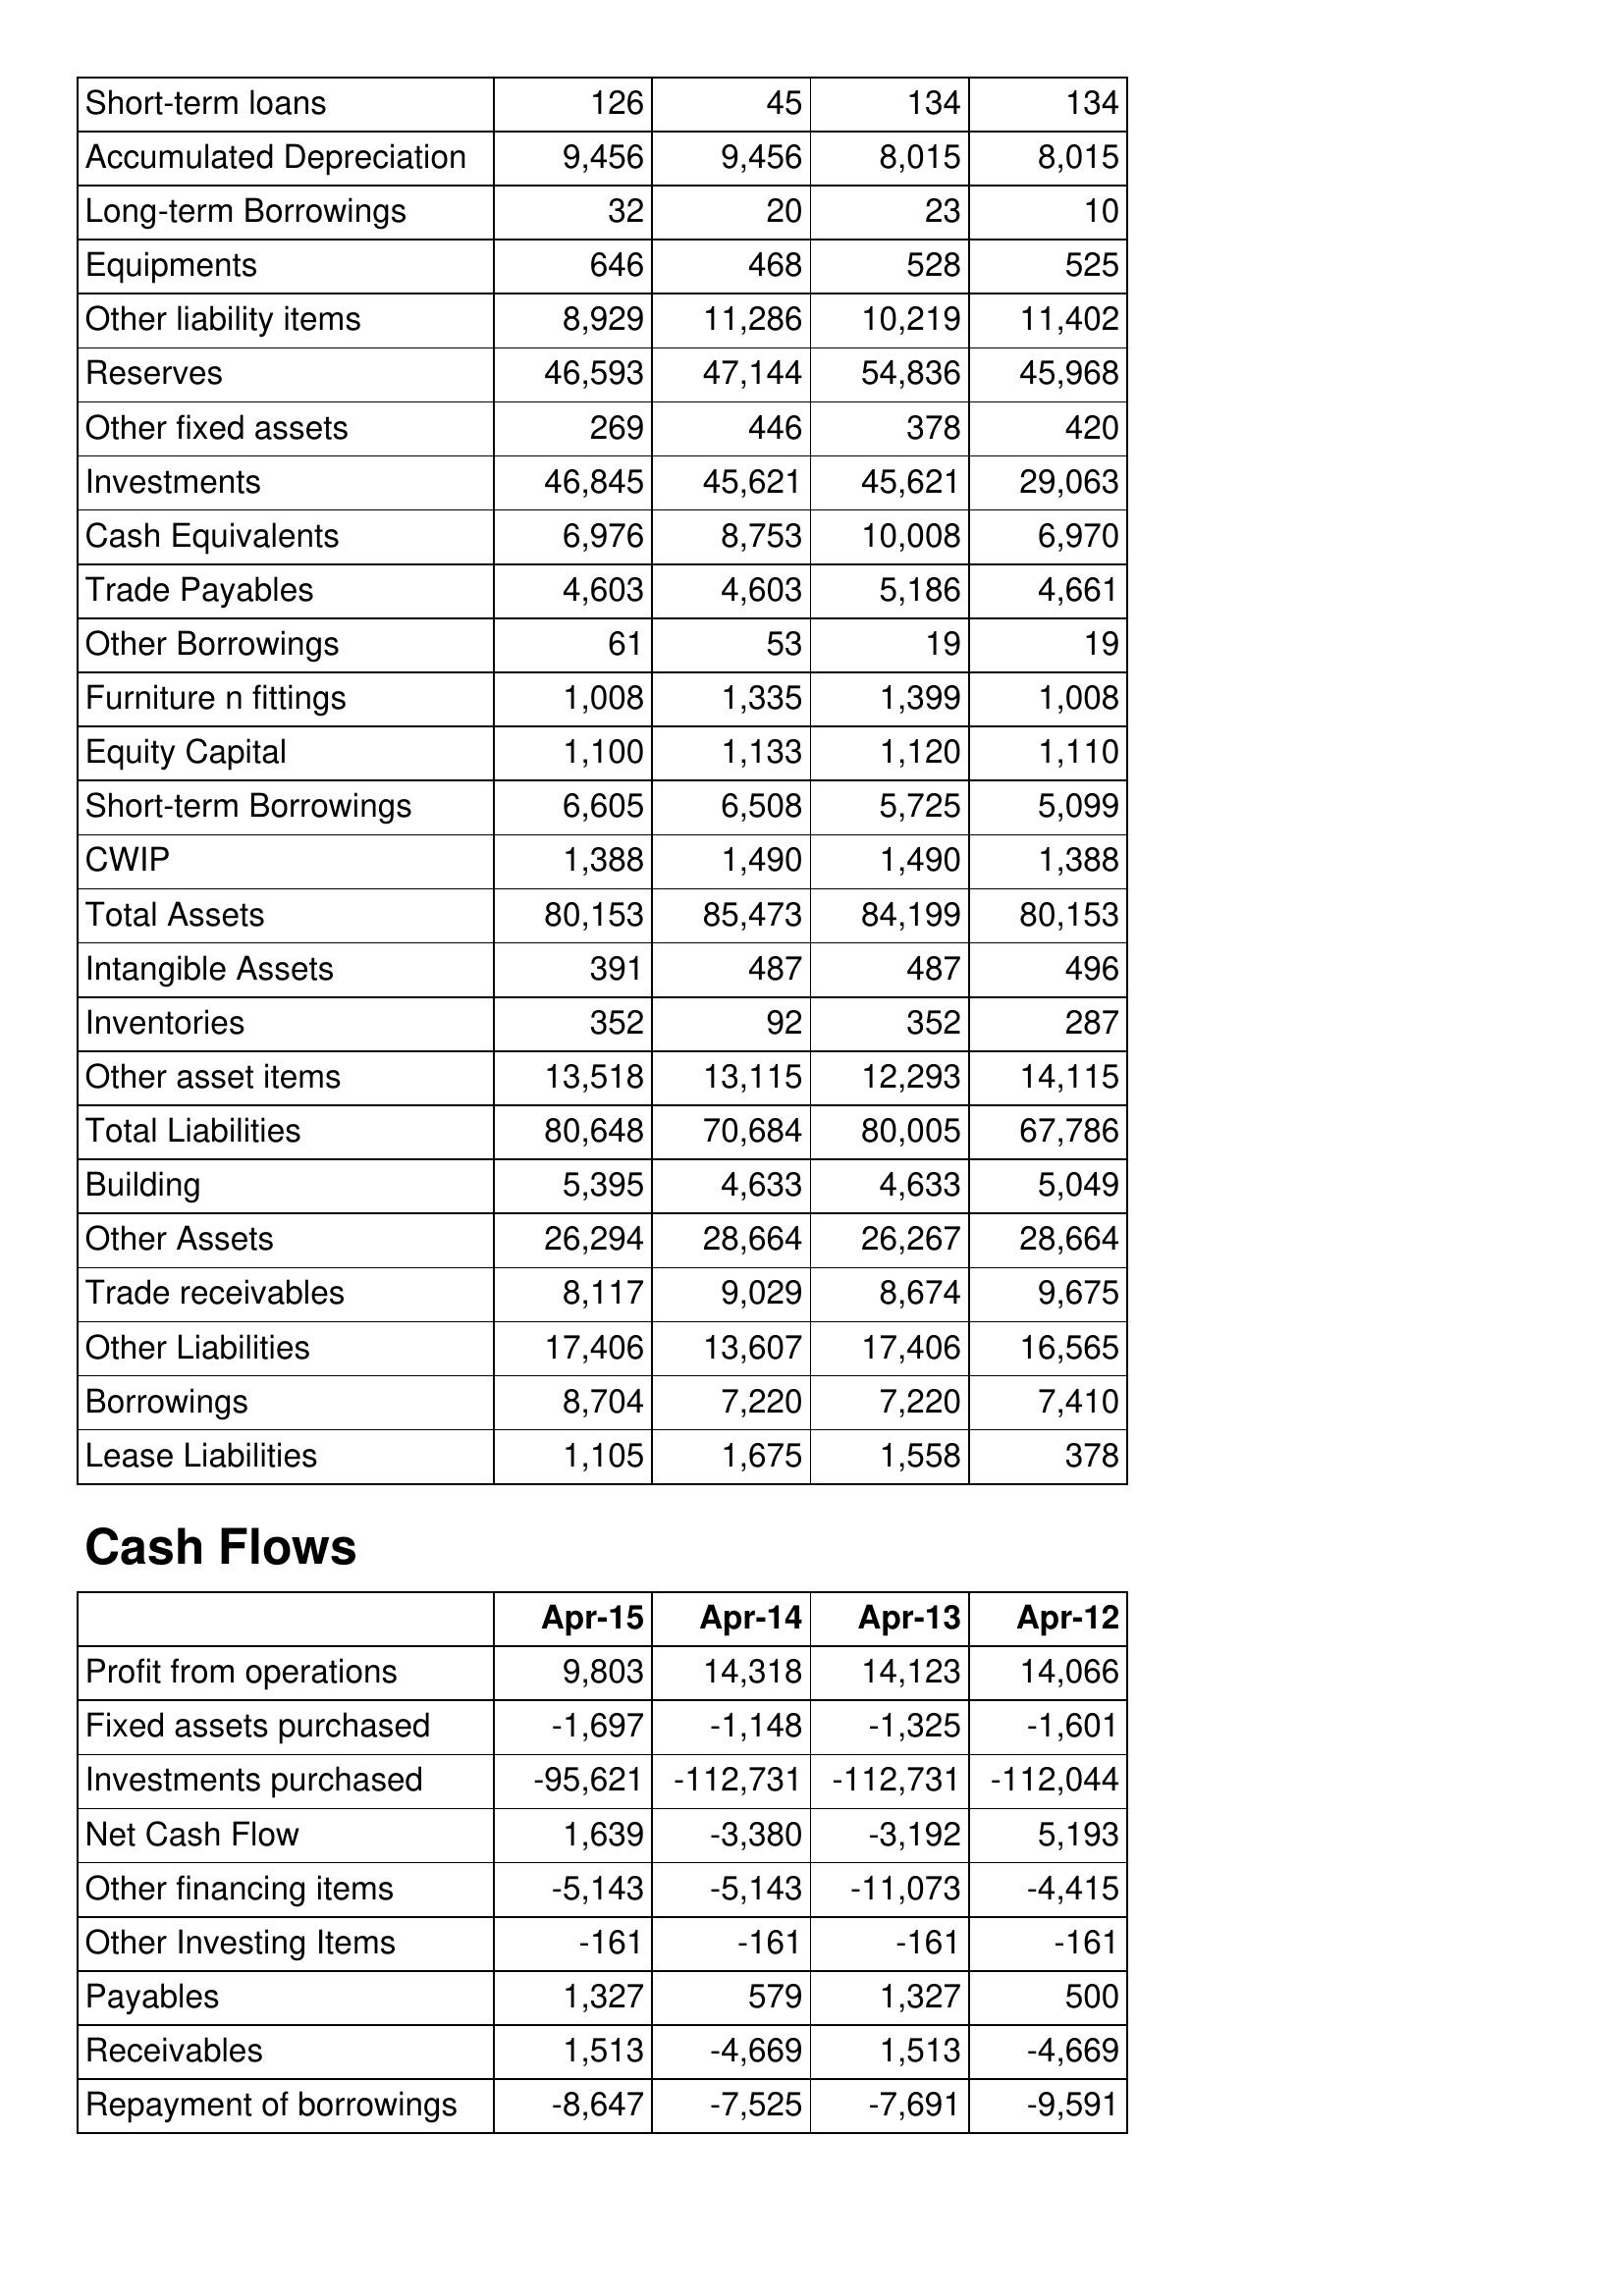
Apr-15: Balance Sheet: Short-term loans: 126
Accumulated Depreciation: 9,456
Long-term Borrowings: 32
Equipments: 646
Other liability items: 8,929
Reserves: 46,593
Other fixed assets: 269
Investments: 46,845
Cash Equivalents: 6,976
Trade Payables: 4,603
Other Borrowings: 61
Furniture n fittings: 1,008
Equity Capital: 1,100
Short-term Borrowings: 6,605
CWIP: 1,388
Total Assets: 80,153
Intangible Assets: 391
Inventories: 352
Other asset items: 13,518
Total Liabilities: 80,648
Building: 5,395
Other Assets: 26,294
Trade receivables: 8,117
Other Liabilities: 17,406
Borrowings: 8,704
Lease Liabilities: 1,105
Cash Flows: Profit from operations: 9,803
Fixed assets purchased: -1,697
Investments purchased: -95,621
Net Cash Flow: 1,639
Other financing items: -5,143
Other Investing Items: -161
Payables: 1,327
Receivables: 1,513
Repayment of borrowings: -8,647
Apr-14: Balance Sheet: Short-term loans: 45
Accumulated Depreciation: 9,456
Long-term Borrowings: 20
Equipments: 468
Other liability items: 11,286
Reserves: 47,144
Other fixed assets: 446
Investments: 45,621
Cash Equivalents: 8,753
Trade Payables: 4,603
Other Borrowings: 53
Furniture n fittings: 1,335
Equity Capital: 1,133
Short-term Borrowings: 6,508
CWIP: 1,490
Total Assets: 85,473
Intangible Assets: 487
Inventories: 92
Other asset items: 13,115
Total Liabilities: 70,684
Building: 4,633
Other Assets: 28,664
Trade receivables: 9,029
Other Liabilities: 13,607
Borrowings: 7,220
Lease Liabilities: 1,675
Cash Flows: Profit from operations: 14,318
Fixed assets purchased: -1,148
Investments purchased: -112,731
Net Cash Flow: -3,380
Other financing items: -5,143
Other Investing Items: -161
Payables: 579
Receivables: -4,669
Repayment of borrowings: -7,525
Apr-13: Balance Sheet: Short-term loans: 134
Accumulated Depreciation: 8,015
Long-term Borrowings: 23
Equipments: 528
Other liability items: 10,219
Reserves: 54,836
Other fixed assets: 378
Investments: 45,621
Cash Equivalents: 10,008
Trade Payables: 5,186
Other Borrowings: 19
Furniture n fittings: 1,399
Equity Capital: 1,120
Short-term Borrowings: 5,725
CWIP: 1,490
Total Assets: 84,199
Intangible Assets: 487
Inventories: 352
Other asset items: 12,293
Total Liabilities: 80,005
Building: 4,633
Other Assets: 26,267
Trade receivables: 8,674
Other Liabilities: 17,406
Borrowings: 7,220
Lease Liabilities: 1,558
Cash Flows: Profit from operations: 14,123
Fixed assets purchased: -1,325
Investments purchased: -112,731
Net Cash Flow: -3,192
Other financing items: -11,073
Other Investing Items: -161
Payables: 1,327
Receivables: 1,513
Repayment of borrowings: -7,691
Apr-12: Balance Sheet: Short-term loans: 134
Accumulated Depreciation: 8,015
Long-term Borrowings: 10
Equipments: 525
Other liability items: 11,402
Reserves: 45,968
Other fixed assets: 420
Investments: 29,063
Cash Equivalents: 6,970
Trade Payables: 4,661
Other Borrowings: 19
Furniture n fittings: 1,008
Equity Capital: 1,110
Short-term Borrowings: 5,099
CWIP: 1,388
Total Assets: 80,153
Intangible Assets: 496
Inventories: 287
Other asset items: 14,115
Total Liabilities: 67,786
Building: 5,049
Other Assets: 28,664
Trade receivables: 9,675
Other Liabilities: 16,565
Borrowings: 7,410
Lease Liabilities: 378
Cash Flows: Profit from operations: 14,066
Fixed assets purchased: -1,601
Investments purchased: -112,044
Net Cash Flow: 5,193
Other financing items: -4,415
Other Investing Items: -161
Payables: 500
Receivables: -4,669
Repayment of borrowings: -9,591